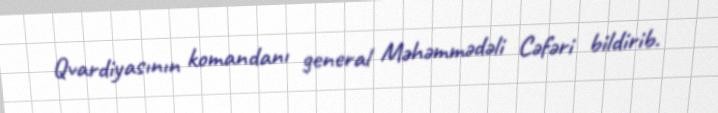
Qvardiyasının komandanı general Məhəmmədəli Cəfəri bildirib.